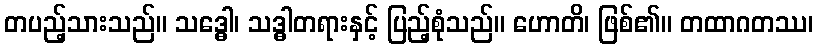
တပည့်သားသည်။ သဒ္ဓေါ၊ သဒ္ဓါတရားနှင့် ပြည့်စုံသည်။ ဟောတိ၊ ဖြစ်၏။ တထာဂတဿ၊